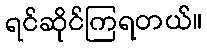
ရင်ဆိုင်ကြရတယ်။